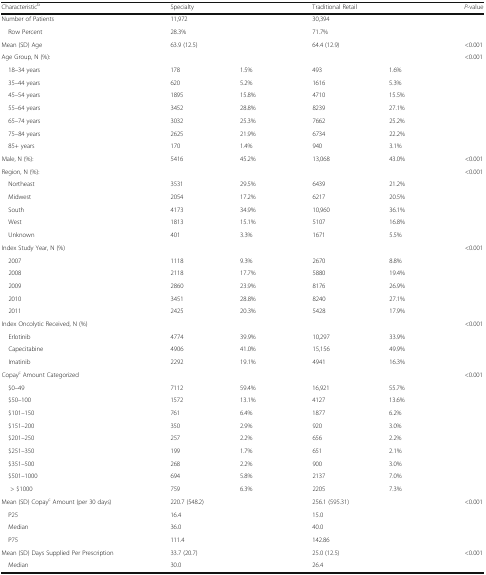
<table><thead><tr><td><b>Characteristic<sup>b</sup></b></td><td colspan="2"><b>Specialty</b></td><td colspan="2"><b>Traditional Retail</b></td><td><b><i>P</i>-value</b></td></tr></thead><tbody><tr><td>Number of Patients</td><td colspan="2">11,972</td><td colspan="2">30,394</td><td></td></tr><tr><td> Row Percent</td><td colspan="2">28.3%</td><td colspan="2">71.7%</td><td></td></tr><tr><td>Mean (SD) Age</td><td colspan="2">63.9 (12.5)</td><td colspan="2">64.4 (12.9)</td><td>&lt;0.001</td></tr><tr><td colspan="5">Age Group, N (%):</td><td>&lt;0.001</td></tr><tr><td> 18–34 years</td><td>178</td><td>1.5%</td><td>493</td><td>1.6%</td><td></td></tr><tr><td> 35–44 years</td><td>620</td><td>5.2%</td><td>1616</td><td>5.3%</td><td></td></tr><tr><td> 45–54 years</td><td>1895</td><td>15.8%</td><td>4710</td><td>15.5%</td><td></td></tr><tr><td> 55–64 years</td><td>3452</td><td>28.8%</td><td>8239</td><td>27.1%</td><td></td></tr><tr><td> 65–74 years</td><td>3032</td><td>25.3%</td><td>7662</td><td>25.2%</td><td></td></tr><tr><td> 75–84 years</td><td>2625</td><td>21.9%</td><td>6734</td><td>22.2%</td><td></td></tr><tr><td> 85+ years</td><td>170</td><td>1.4%</td><td>940</td><td>3.1%</td><td></td></tr><tr><td>Male, N (%):</td><td>5416</td><td>45.2%</td><td>13,068</td><td>43.0%</td><td>&lt;0.001</td></tr><tr><td colspan="5">Region, N (%):</td><td>&lt;0.001</td></tr><tr><td> Northeast</td><td>3531</td><td>29.5%</td><td>6439</td><td>21.2%</td><td></td></tr><tr><td> Midwest</td><td>2054</td><td>17.2%</td><td>6217</td><td>20.5%</td><td></td></tr><tr><td> South</td><td>4173</td><td>34.9%</td><td>10,960</td><td>36.1%</td><td></td></tr><tr><td> West</td><td>1813</td><td>15.1%</td><td>5107</td><td>16.8%</td><td></td></tr><tr><td> Unknown</td><td>401</td><td>3.3%</td><td>1671</td><td>5.5%</td><td></td></tr><tr><td colspan="5">Index Study Year, N (%)</td><td>&lt;0.001</td></tr><tr><td> 2007</td><td>1118</td><td>9.3%</td><td>2670</td><td>8.8%</td><td></td></tr><tr><td> 2008</td><td>2118</td><td>17.7%</td><td>5880</td><td>19.4%</td><td></td></tr><tr><td> 2009</td><td>2860</td><td>23.9%</td><td>8176</td><td>26.9%</td><td></td></tr><tr><td> 2010</td><td>3451</td><td>28.8%</td><td>8240</td><td>27.1%</td><td></td></tr><tr><td> 2011</td><td>2425</td><td>20.3%</td><td>5428</td><td>17.9%</td><td></td></tr><tr><td colspan="5">Index Oncolytic Received, N (%)</td><td>&lt;0.001</td></tr><tr><td> Erlotinib</td><td>4774</td><td>39.9%</td><td>10,297</td><td>33.9%</td><td></td></tr><tr><td> Capecitabine</td><td>4906</td><td>41.0%</td><td>15,156</td><td>49.9%</td><td></td></tr><tr><td> Imatinib</td><td>2292</td><td>19.1%</td><td>4941</td><td>16.3%</td><td></td></tr><tr><td colspan="5">Copay<sup>c</sup> Amount Categorized</td><td>&lt;0.001</td></tr><tr><td> $0–49</td><td>7112</td><td>59.4%</td><td>16,921</td><td>55.7%</td><td></td></tr><tr><td> $50–100</td><td>1572</td><td>13.1%</td><td>4127</td><td>13.6%</td><td></td></tr><tr><td> $101–150</td><td>761</td><td>6.4%</td><td>1877</td><td>6.2%</td><td></td></tr><tr><td> $151–200</td><td>350</td><td>2.9%</td><td>920</td><td>3.0%</td><td></td></tr><tr><td> $201–250</td><td>257</td><td>2.2%</td><td>656</td><td>2.2%</td><td></td></tr><tr><td> $251–350</td><td>199</td><td>1.7%</td><td>651</td><td>2.1%</td><td></td></tr><tr><td> $351–500</td><td>268</td><td>2.2%</td><td>900</td><td>3.0%</td><td></td></tr><tr><td> $501–1000</td><td>694</td><td>5.8%</td><td>2137</td><td>7.0%</td><td></td></tr><tr><td>&gt; $1000</td><td>759</td><td>6.3%</td><td>2205</td><td>7.3%</td><td></td></tr><tr><td>Mean (SD) Copay<sup>c</sup> Amount (per 30 days)</td><td colspan="2">220.7 (548.2)</td><td colspan="2">256.1 (595.31)</td><td>&lt;0.001</td></tr><tr><td> P25</td><td colspan="2">16.4</td><td colspan="2">15.0</td><td></td></tr><tr><td> Median</td><td colspan="2">36.0</td><td colspan="2">40.0</td><td></td></tr><tr><td> P75</td><td colspan="2">111.4</td><td colspan="2">142.86</td><td></td></tr><tr><td>Mean (SD) Days Supplied Per Prescription</td><td colspan="2">33.7 (20.7)</td><td colspan="2">25.0 (12.5)</td><td>&lt;0.001</td></tr><tr><td> Median</td><td colspan="2">30.0</td><td colspan="2">26.4</td><td></td></tr></tbody></table>